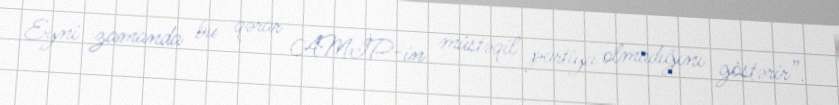
Eyni zamanda bu qərar AMİP-in müstəqil partiya olmadığını göstərir”.